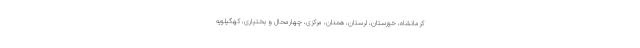
کرمانشاه، خوزستان، لرستان، همدان، مرکزی، چهارمحال و بختیاری، کهگیلویه